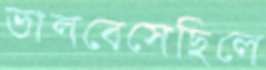
ভালবেসেছিলে